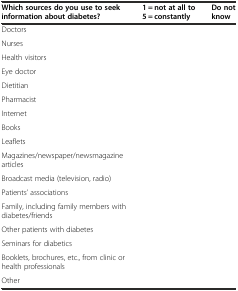
<table><thead><tr><td><b>Which sources do you use to seek information about diabetes?</b></td><td><b>1 = not at all to 5 = constantly</b></td><td><b>Do not know</b></td></tr></thead><tbody><tr><td>Doctors</td><td></td><td></td></tr><tr><td>Nurses</td><td></td><td></td></tr><tr><td>Health visitors</td><td></td><td></td></tr><tr><td>Eye doctor</td><td></td><td></td></tr><tr><td>Dietitian</td><td></td><td></td></tr><tr><td>Pharmacist</td><td></td><td></td></tr><tr><td>Internet</td><td></td><td></td></tr><tr><td>Books</td><td></td><td></td></tr><tr><td>Leaflets</td><td></td><td></td></tr><tr><td>Magazines/newspaper/newsmagazine articles</td><td></td><td></td></tr><tr><td>Broadcast media (television, radio)</td><td></td><td></td></tr><tr><td>Patients’ associations</td><td></td><td></td></tr><tr><td>Family, including family members with diabetes/friends</td><td></td><td></td></tr><tr><td>Other patients with diabetes</td><td></td><td></td></tr><tr><td>Seminars for diabetics</td><td></td><td></td></tr><tr><td>Booklets, brochures, etc., from clinic or health professionals</td><td></td><td></td></tr><tr><td>Other</td><td></td><td></td></tr></tbody></table>